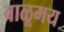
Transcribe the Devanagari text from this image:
वाळूमय